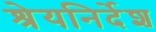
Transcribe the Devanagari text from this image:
श्रेयनिर्देश